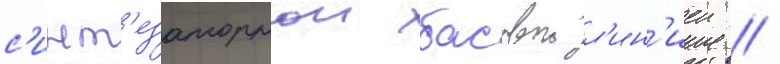
с'инт'езаторнои басовои л'ин'иеи /